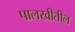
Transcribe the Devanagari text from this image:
पालखीतील